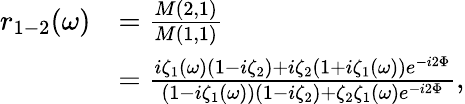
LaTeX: \begin{array}{rl}{r_{1-2}(\omega)}&{=\frac{M(2,1)}{M(1,1)}}\\ &{=\frac{i\zeta_{1}(\omega)(1-i\zeta_{2})+i\zeta_{2}(1+i\zeta_{1}(\omega))e^{-i2\Phi}}{(1-i\zeta_{1}(\omega))(1-i\zeta_{2})+\zeta_{2}\zeta_{1}(\omega)e^{-i2\Phi}},}\end{array}